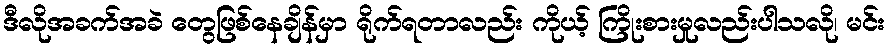
ဒီလိုအခက်အခဲ တွေဖြစ်နေချိန်မှာ ရိုက်ရတာလည်း ကိုယ့် ကြိုးစားမှုလည်းပါသလို၊ မင်း